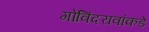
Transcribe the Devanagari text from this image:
गोविंदरावांकडे